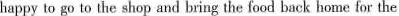
happy to go to the shop and bring the food back home for the